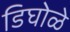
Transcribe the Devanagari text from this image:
डिघोळे